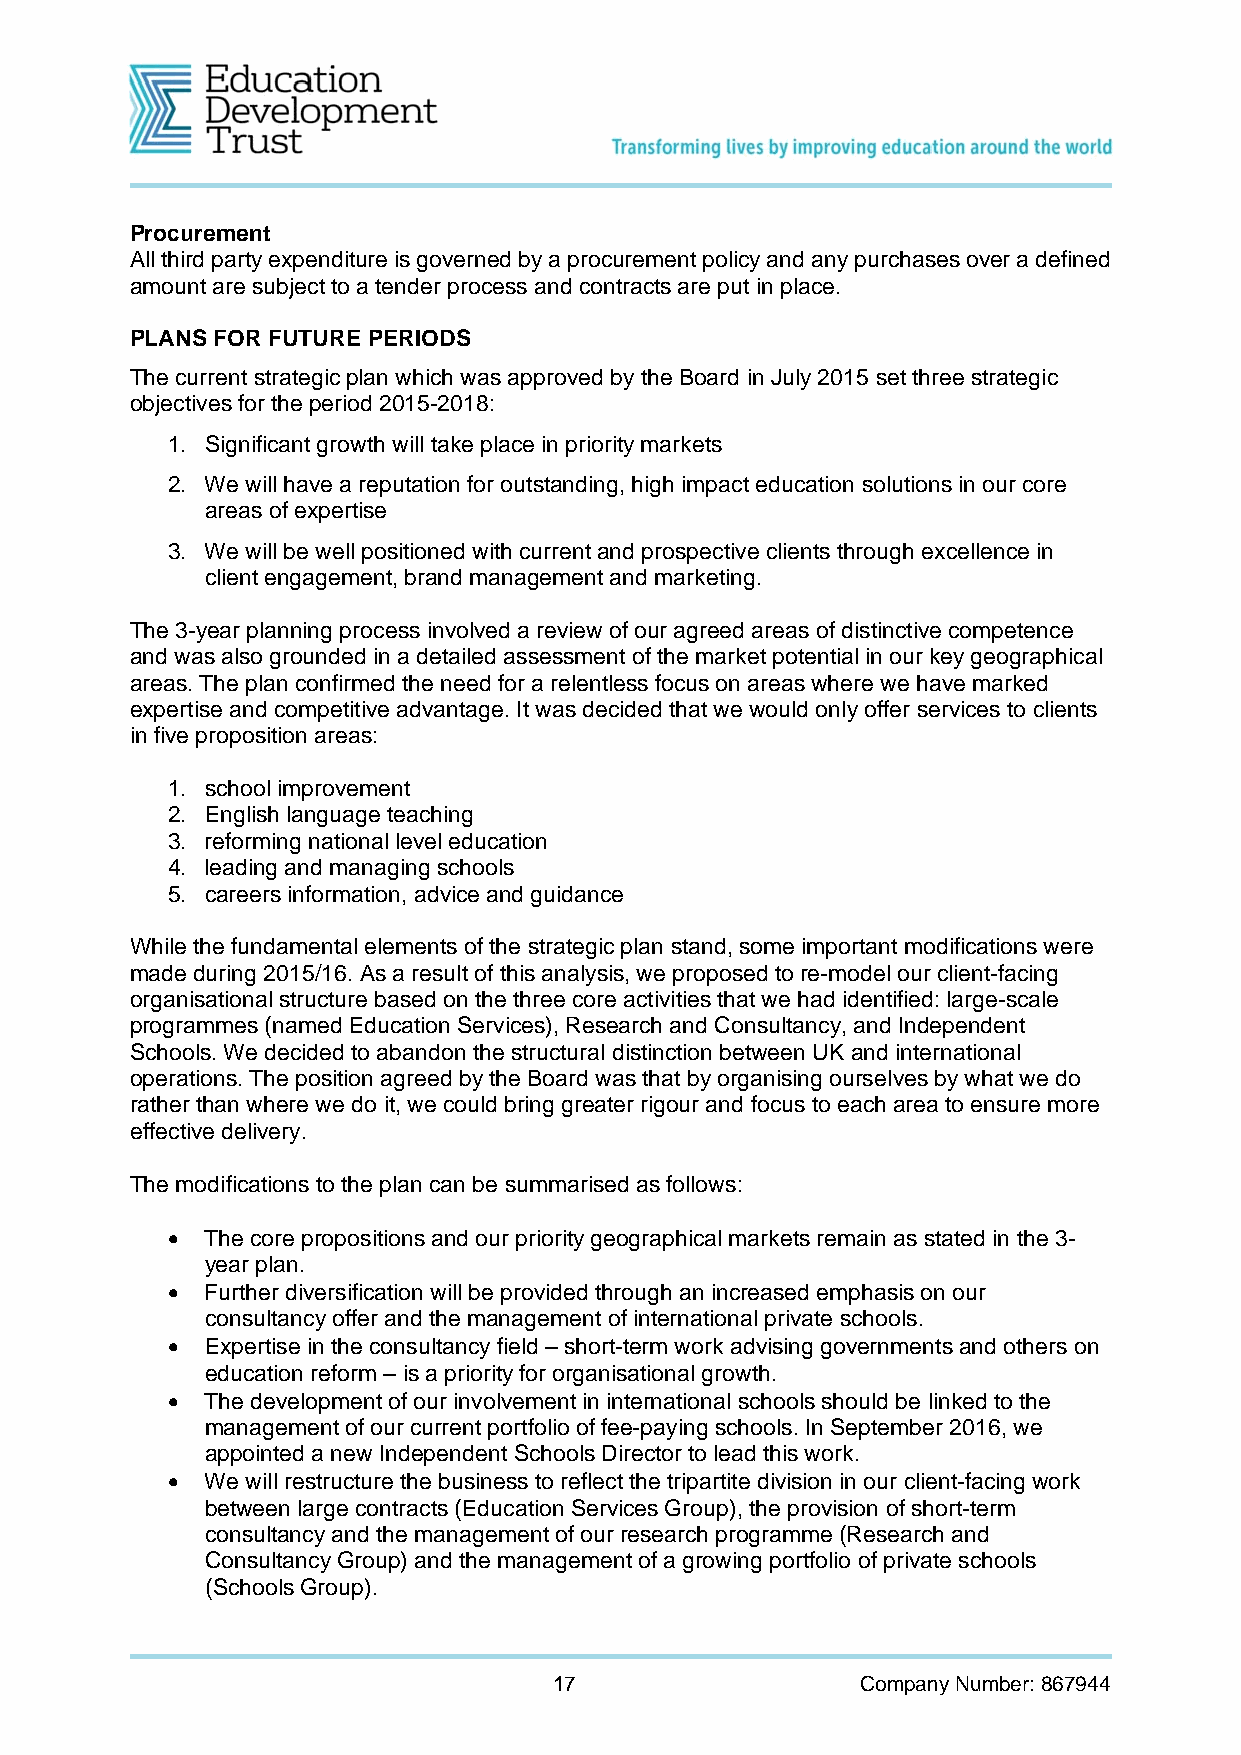
Procurement
 All third party expenditure is governed by a procurement policy and any purchases over a defined
 amount are subject to a tender process and contracts are put in place.
 PLANS FOR FUTURE PERIODS
 The current strategic plan which was approved by the Board in July 2015 set three strategic
 objectives for the period 2015-2018:
 1. Significant growth will take place in priority markets
 2. We will have a reputation for outstanding, high impact education solutions in our core
 areas of expertise
 3. We will be well positioned with current and prospective clients through excellence in
 client engagement, brand management and marketing.
 The 3-year planning process involved a review of our agreed areas of distinctive competence
 and was also grounded in a detailed assessment of the market potential in our key geographical
 areas. The plan confirmed the need for a relentless focus on areas where we have marked
 expertise and competitive advantage. It was decided that we would only offer services to clients
 in five proposition areas:
 1. school improvement
 2. English language teaching
 3. reforming national level education
 4. leading and managing schools
 5. careers information, advice and guidance
 While the fundamental elements of the strategic plan stand, some important modifications were
 made during 2015/16. As a result of this analysis, we proposed to re-model our client-facing
 organisational structure based on the three core activities that we had identified: large-scale
 programmes (named Education Services), Research and Consultancy, and Independent
 Schools. We decided to abandon the structural distinction between UK and international
 operations. The position agreed by the Board was that by organising ourselves by what we do
 rather than where we do it, we could bring greater rigour and focus to each area to ensure more
 effective delivery.
 The modifications to the plan can be summarised as follows:
   The core propositions and our priority geographical markets remain as stated in the 3-
 year plan.
   Further diversification will be provided through an increased emphasis on our
 consultancy offer and the management of international private schools.
   Expertise in the consultancy field – short-term work advising governments and others on
 education reform – is a priority for organisational growth.
   The development of our involvement in international schools should be linked to the
 management of our current portfolio of fee-paying schools. In September 2016, we
 appointed a new Independent Schools Director to lead this work.
   We will restructure the business to reflect the tripartite division in our client-facing work
 between large contracts (Education Services Group), the provision of short-term
 consultancy and the management of our research programme (Research and
 Consultancy Group) and the management of a growing portfolio of private schools
 (Schools Group).
 17                  Company Number: 867944